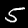
Digit: 5